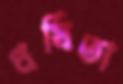
ধর্ষিতা